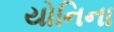
યોનિના